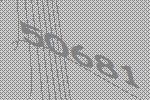
50681